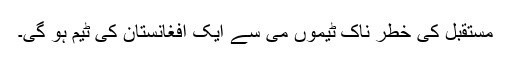
مستقبل کی خطر ناک ٹیموں می سے ایک افغانستان کی ٹیم ہو گی۔